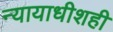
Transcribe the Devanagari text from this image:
न्यायाधीशही